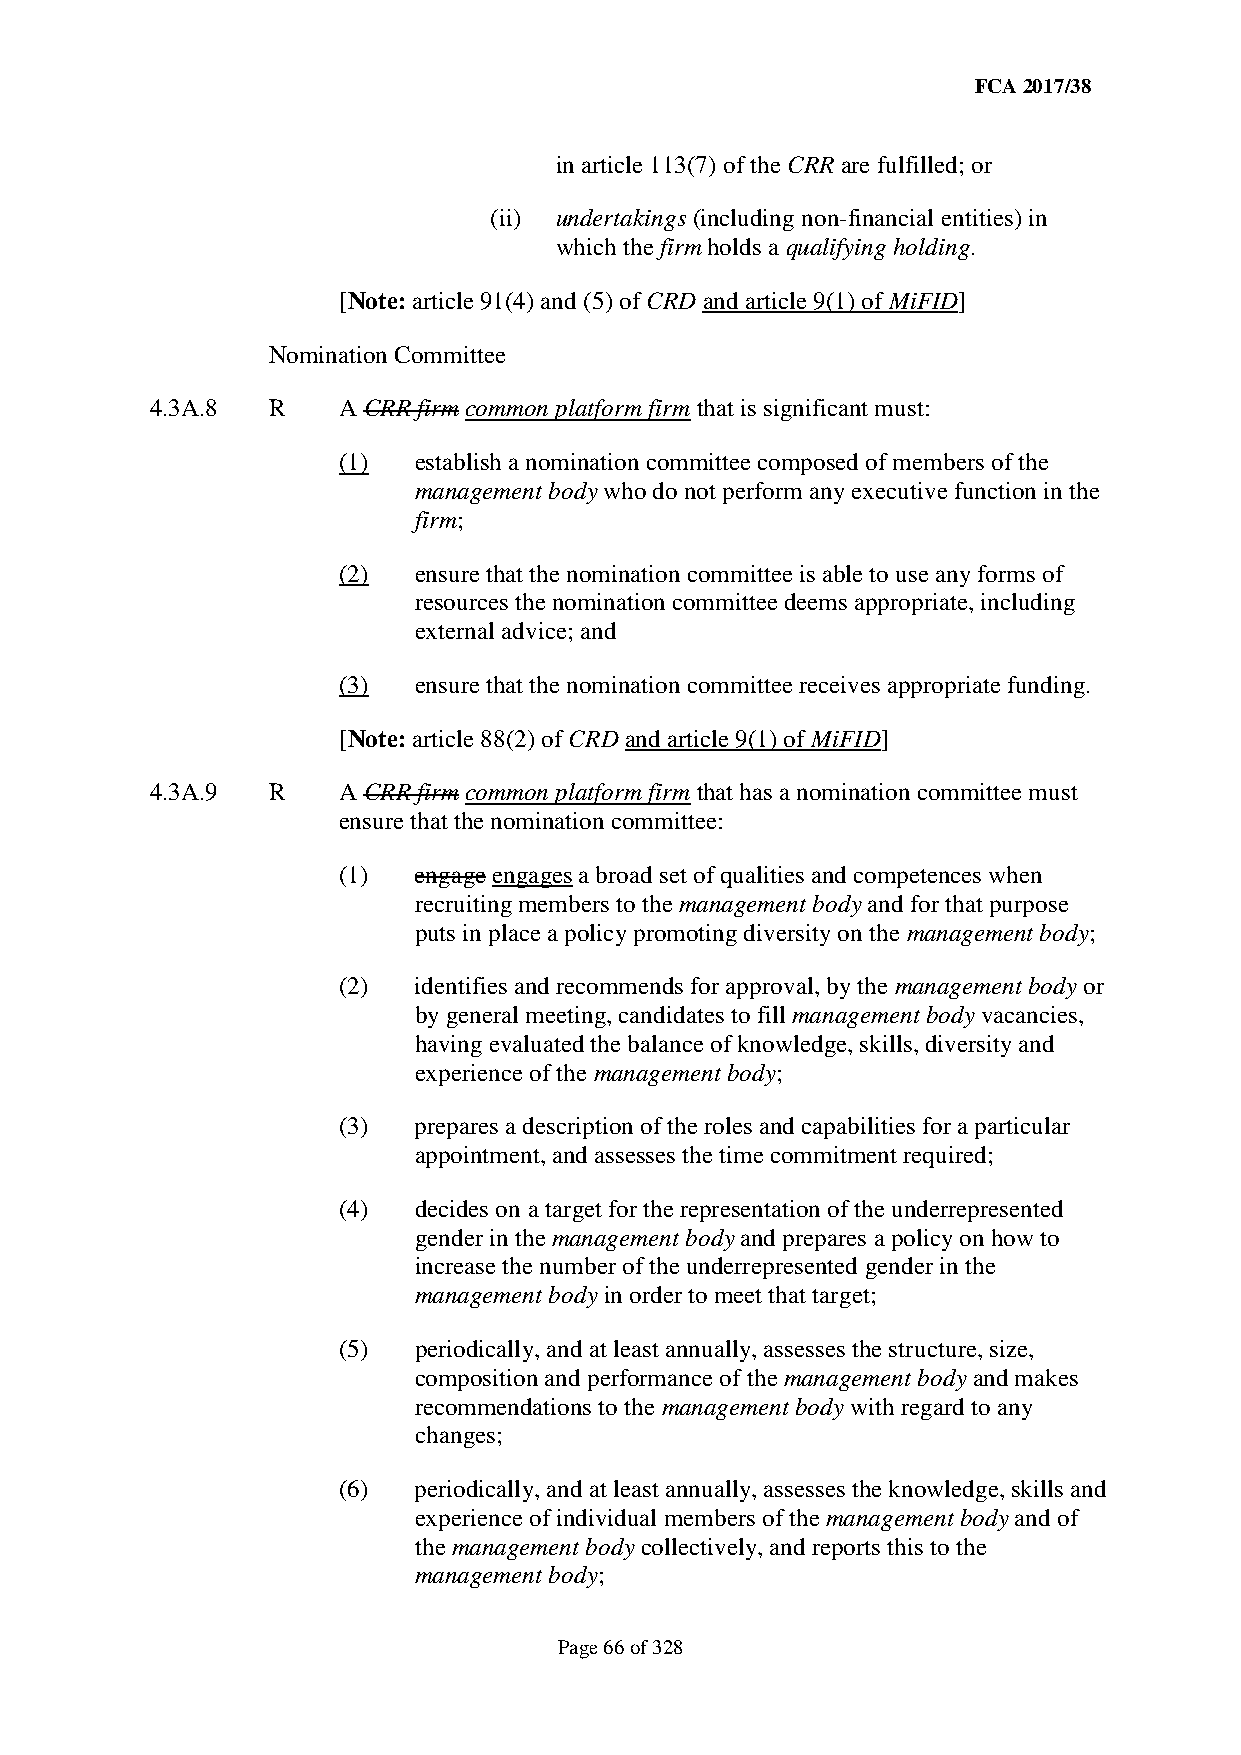
FCA 2017/38
 in article 113(7) of the CRR are fulfilled; or
 (ii) undertakings (including non-financial entities) in
 which the firm holds a qualifying holding.
 [Note: article 91(4) and (5) of CRD and article 9(1) of MiFID]
 Nomination Committee
 4.3A.8  R   A CRR firm common platform firm that is significant must:
 (1)  establish a nomination committee composed of members of the
 management body who do not perform any executive function in the
 firm;
 (2)  ensure that the nomination committee is able to use any forms of
 resources the nomination committee deems appropriate, including
 external advice; and
 (3)  ensure that the nomination committee receives appropriate funding.
 [Note: article 88(2) of CRD and article 9(1) of MiFID]
 4.3A.9  R   A CRR firm common platform firm that has a nomination committee must
 ensure that the nomination committee:
 (1)  engage engages a broad set of qualities and competences when
 recruiting members to the management body and for that purpose
 puts in place a policy promoting diversity on the management body;
 (2)  identifies and recommends for approval, by the management body or
 by general meeting, candidates to fill management body vacancies,
 having evaluated the balance of knowledge, skills, diversity and
 experience of the management body;
 (3)  prepares a description of the roles and capabilities for a particular
 appointment, and assesses the time commitment required;
 (4)  decides on a target for the representation of the underrepresented
 gender in the management body and prepares a policy on how to
 increase the number of the underrepresented gender in the
 management body in order to meet that target;
 (5)  periodically, and at least annually, assesses the structure, size,
 composition and performance of the management body and makes
 recommendations to the management body with regard to any
 changes;
 (6)  periodically, and at least annually, assesses the knowledge, skills and
 experience of individual members of the management body and of
 the management body collectively, and reports this to the
 management body;
 Page 66 of 328